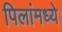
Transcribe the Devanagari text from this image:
पिलांमध्ये